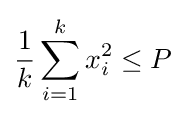
{\frac {1}{k}}\sum _{i=1}^{k}x_{i}^{2}\leq P